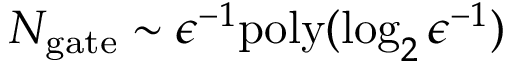
N _ { \mathrm { g a t e } } \sim \epsilon ^ { - 1 } \mathrm { p o l y } ( \log _ { 2 } \epsilon ^ { - 1 } )